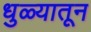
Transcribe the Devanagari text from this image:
धुळ्यातून